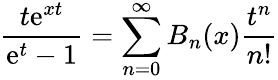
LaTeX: {\frac{t\mathrm{e}^{xt}}{\mathrm{e}^{t}-1}}=\sum_{n=0}^{\infty}B_{n}(x){\frac{t^{n}}{n!}}